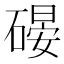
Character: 𱴪